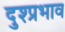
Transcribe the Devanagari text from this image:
दुश्प्रभाव